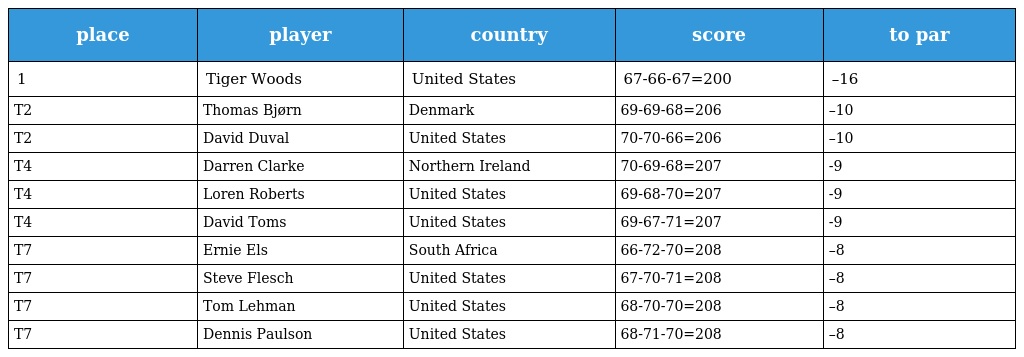
| place | player | country | score | to par |
 | --- | --- | --- | --- | --- |
 | 1 | Tiger Woods | United States | 67-66-67=200 | –16 |
 | T2 | Thomas Bjørn | Denmark | 69-69-68=206 | –10 |
 | T2 | David Duval | United States | 70-70-66=206 | –10 |
 | T4 | Darren Clarke | Northern Ireland | 70-69-68=207 | -9 |
 | T4 | Loren Roberts | United States | 69-68-70=207 | -9 |
 | T4 | David Toms | United States | 69-67-71=207 | -9 |
 | T7 | Ernie Els | South Africa | 66-72-70=208 | –8 |
 | T7 | Steve Flesch | United States | 67-70-71=208 | –8 |
 | T7 | Tom Lehman | United States | 68-70-70=208 | –8 |
 | T7 | Dennis Paulson | United States | 68-71-70=208 | –8 |